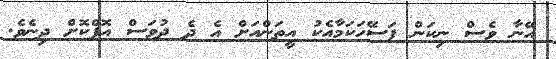
އޭނާ ވެސް ނިކަން ފަސޭހަކަމާއެކު އީތަންއަށް އެ ދެ ދުވަސް އޮފްކޮށް ދިނެވެ.